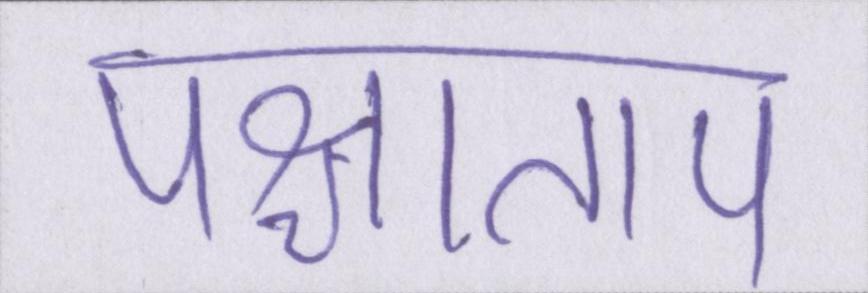
पश्चाताप